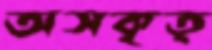
অসকৃত্